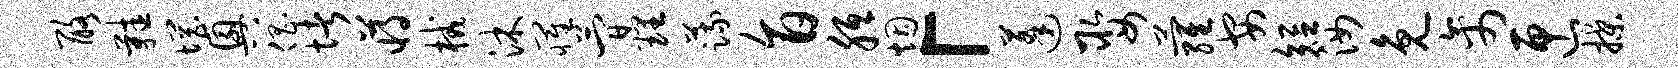
酪鞋惘兴倡堵蒋械沐罹简理蔬旨胝烟「蓬娶萝安短汝免禽匣揲